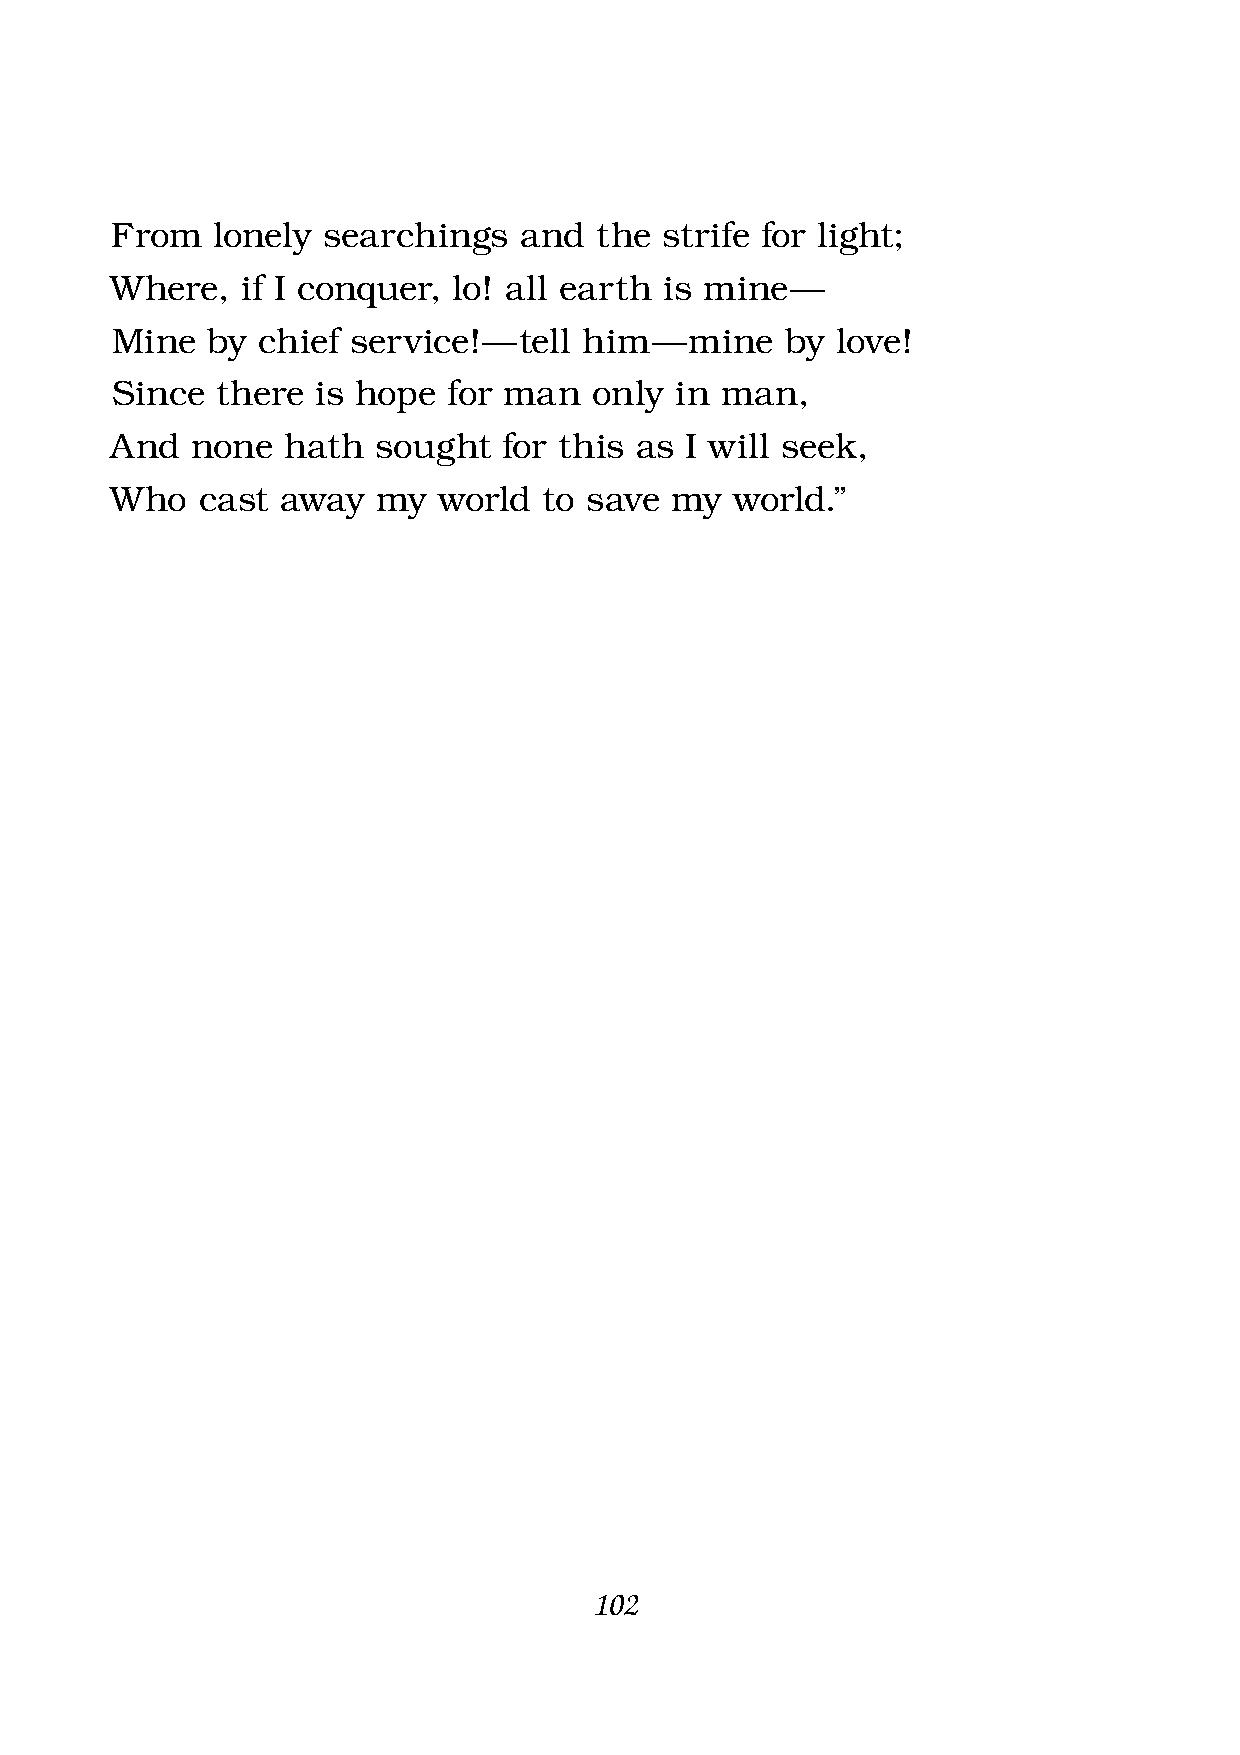
From   lonely searchings   and  the  strife for light;
 Where,   if I conquer, lo! all earth is mine —
 Mine   by chief service! — tell him —  mine  by love!
 Since  there  is hope  for man  only  in man,
 And   none  hath  sought  for this as I will seek,
 Who   cast  away  my  world  to save my   world.”
 102